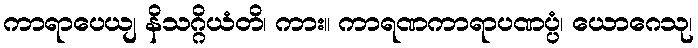
ကာရာပေယျ နိသဂ္ဂိယံတိ၊ ကား။ ကာရဏကာရာပဏပ္ပံ၊ ယောဂေသု၊